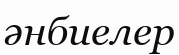
әнбиелер